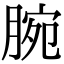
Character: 腕